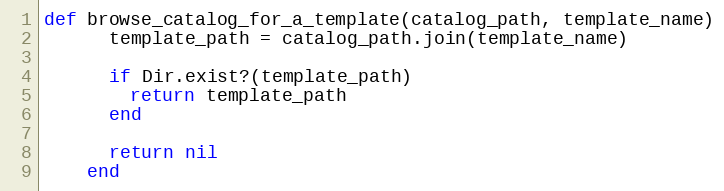
Language: Ruby
def browse_catalog_for_a_template(catalog_path, template_name)
      template_path = catalog_path.join(template_name)

      if Dir.exist?(template_path)
        return template_path
      end

      return nil
    end